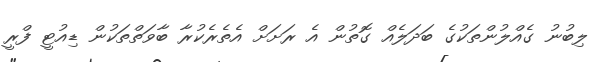
ލިބުނު ގެއްލުންތަކުގެ ބަދަލެއް ގޮތުން އެ ރަަށަށް އެތެރެކުރާ ބާވަތްތަކުން ޑިއުޓީ ފްރީ